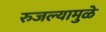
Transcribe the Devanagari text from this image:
रुजल्यामुळे